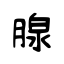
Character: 腺